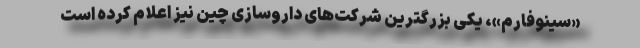
«سینوفارم»، یکی بزرگترین شرکت‌های داروسازی چین نیز اعلام کرده است